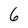
Character: 6